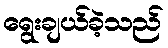
ရွေးချယ်ခဲ့သည်